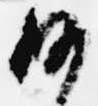
沙